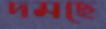
দমছে